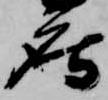
庄